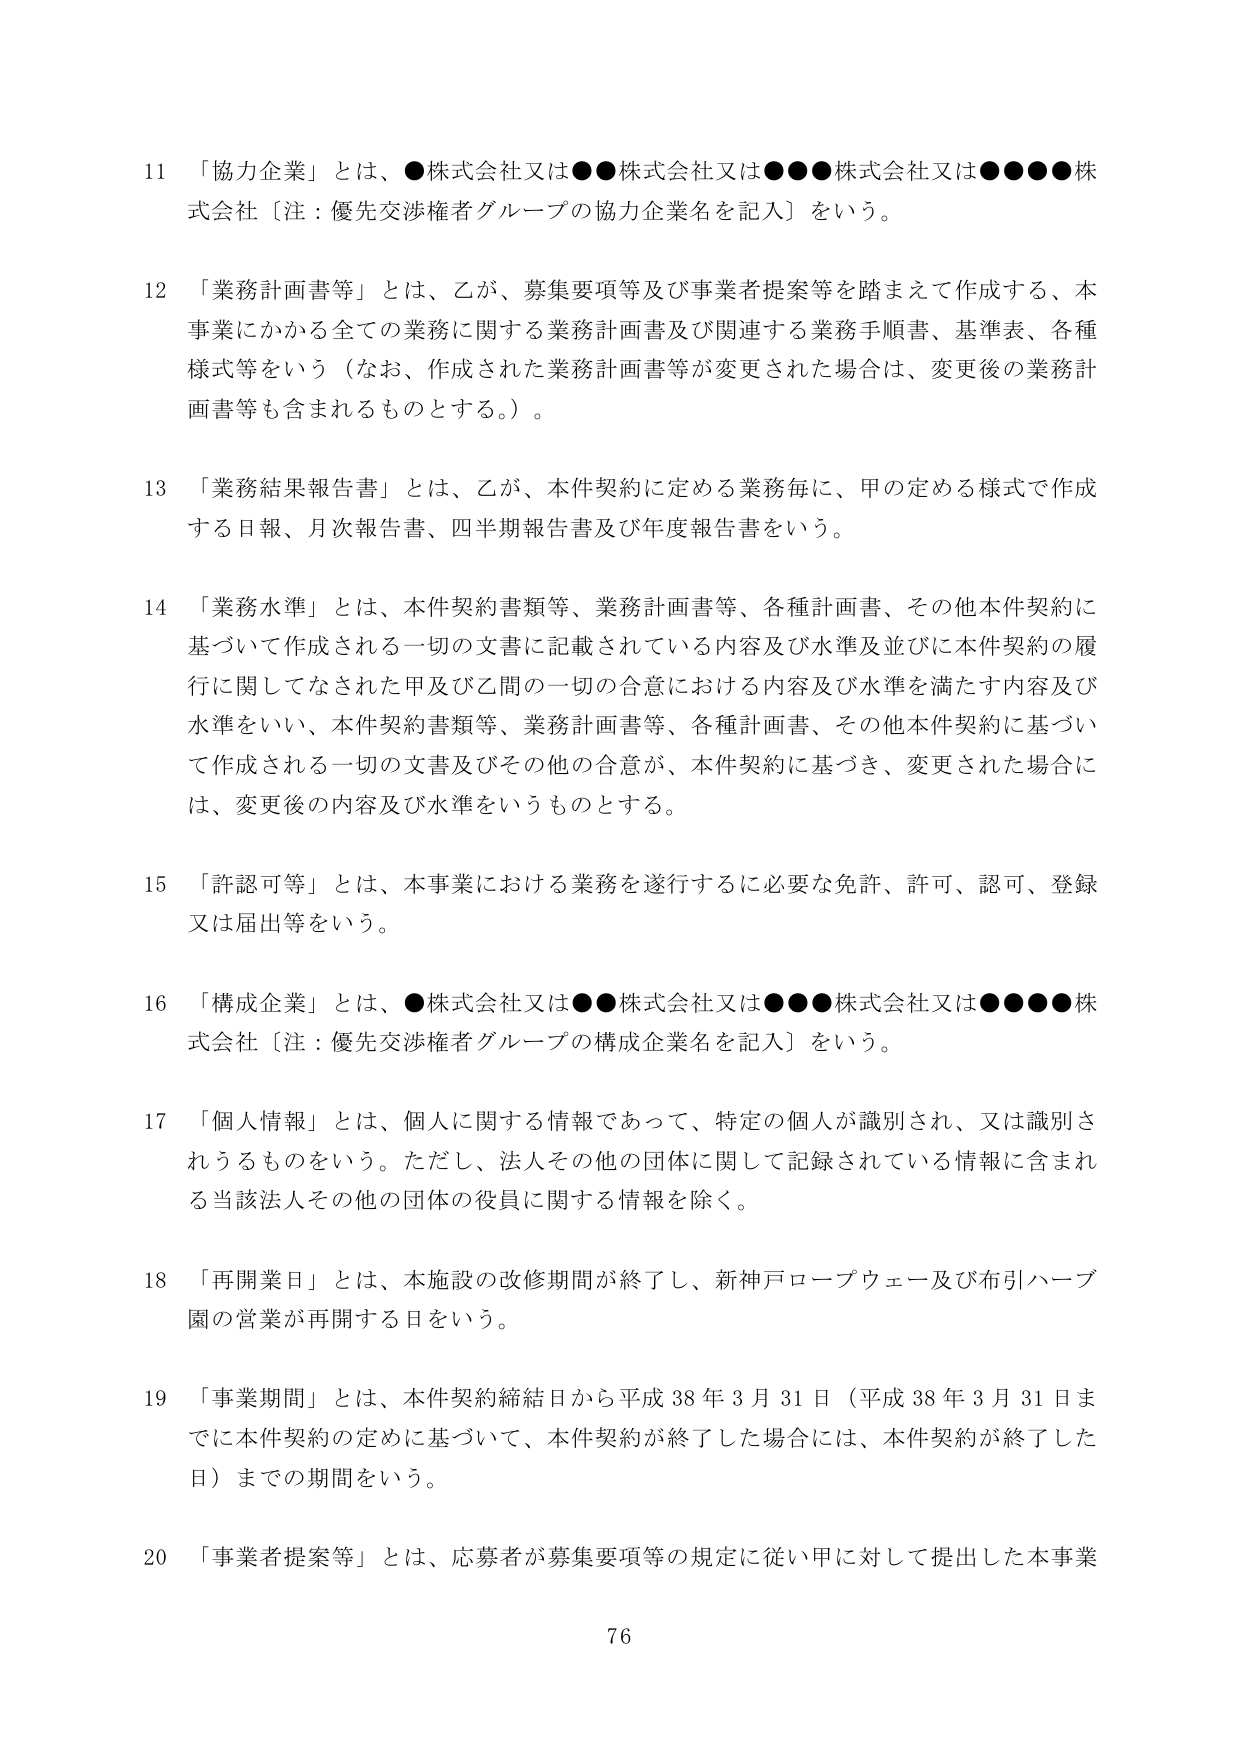
11 「協力企業」とは、●株式会社又は●●株式会社又は●●●株式会社又は●●●●株式会社〔注：優先交渉権者グループの協力企業名を記入〕をいう。

12 「業務計画書等」とは、乙が、募集要項等及び事業者提案等を踏まえて作成する、本事業にかかる全ての業務に関する業務計画書及び関連する業務手順書、基準表、各種様式等をいう（なお、作成された業務計画書等が変更された場合は、変更後の業務計画書等も含まれるものとする。）。

13 「業務結果報告書」とは、乙が、本件契約に定める業務毎に、甲の定める様式で作成する日報、月次報告書、四半期報告書及び年度報告書をいう。

14 「業務水準」とは、本件契約書類等、業務計画書等、各種計画書、その他本件契約に基づいて作成される一切の文書に記載されている内容及び水準並びに本件契約の履行に関してなされた甲及び乙間の一切の合意における内容及び水準を満たす内容及び水準をいい、本件契約書類等、業務計画書等、各種計画書、その他本件契約に基づいて作成される一切の文書及びその他の合意が、本件契約に基づき、変更された場合には、変更後の内容及び水準をいうものとする。

15 「許認可等」とは、本事業における業務を遂行するに必要な免許、許可、認可、登録又は届出等をいう。

16 「構成企業」とは、●株式会社又は●●株式会社又は●●●株式会社又は●●●●株式会社〔注：優先交渉権者グループの構成企業名を記入〕をいう。

17 「個人情報」とは、個人に関する情報であって、特定の個人が識別され、又は識別されうるものをいう。ただし、法人その他の団体に関して記録されている情報に含まれる当該法人その他の団体の役員に関する情報を除く。

18 「再開業日」とは、本施設の改修期間が終了し、新神戸ロープウェー及び布引ハーブ園の営業が再開する日をいう。

19 「事業期間」とは、本件契約締結日から平成38年3月31日（平成38年3月31日までに本件契約の定めに基づいて、本件契約が終了した場合には、本件契約が終了した日）までの期間をいう。

20 「事業者提案等」とは、応募者が募集要項等の規定に従い甲に対して提出した本事業

76